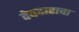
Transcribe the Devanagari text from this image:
देवदाराचा